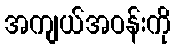
အကျယ်အဝန်းကို